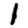
Digit: 1